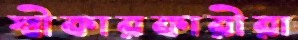
স্বীকারকারীরা